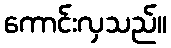
ကောင်းလှသည်။